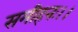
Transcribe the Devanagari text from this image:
समीहनः।।